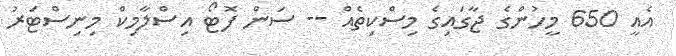
އެއީ 650 މީހުންގެ ޖާގައިގެ މިސްކިތެއް -- ސަން ފޮޓޯ އިސްލާމިކް މިނިސްޓަރު